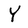
Character: Y